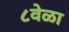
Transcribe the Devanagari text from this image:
८वेळा